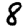
Digit: 8